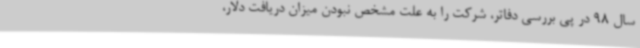
سال 98 در پی بررسی دفاتر، شرکت را به علت مشخص نبودن میزان دریافت دلار،